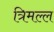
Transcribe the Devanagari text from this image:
त्रिमल्ल